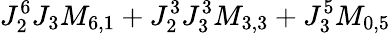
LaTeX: J_{2}^{6}J_{3}M_{6,1}+J_{2}^{3}J_{3}^{3}M_{3,3}+J_{3}^{5}M_{0,5}